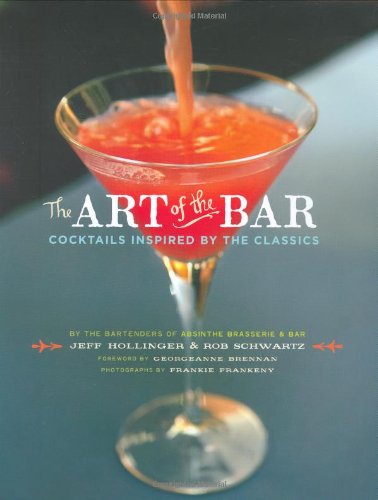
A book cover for The Art of the Bar: Cocktails Inspired by the Classics; Jeff Hollinger; Cookbooks, Food & Wine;